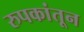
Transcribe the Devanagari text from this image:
रुपकांतून